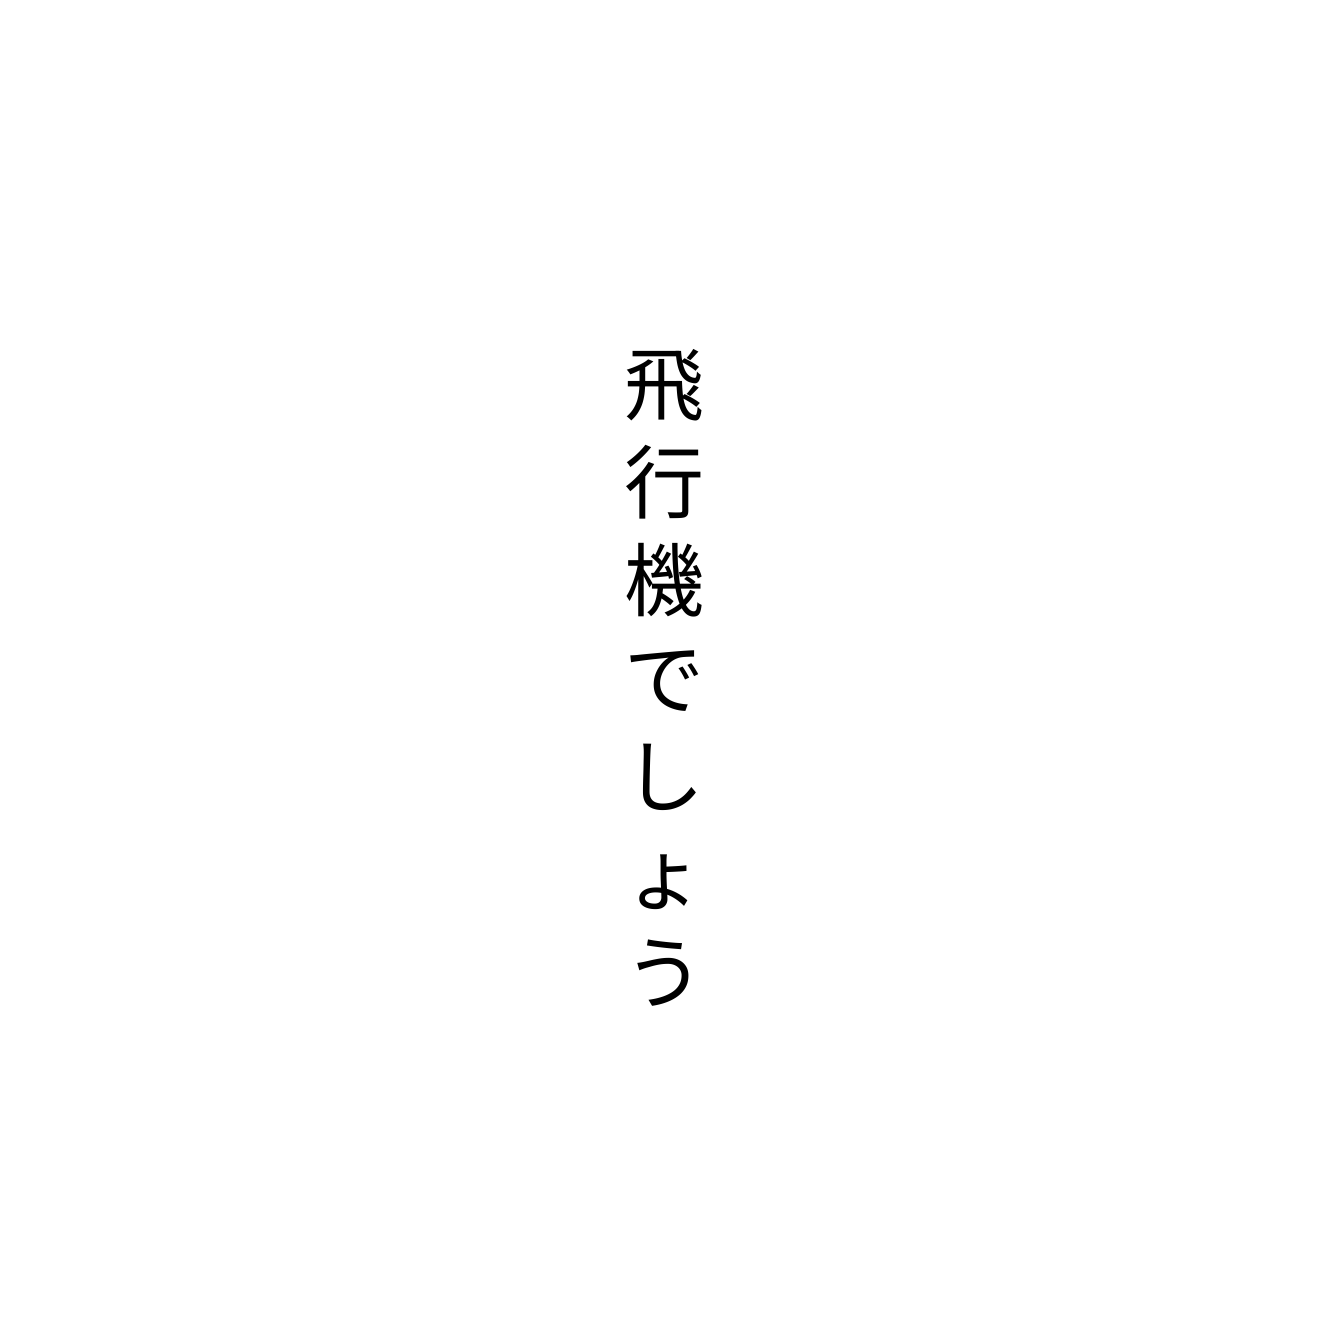
飛行機でしょう